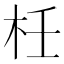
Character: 𣐅